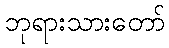
ဘုရားသားတော်